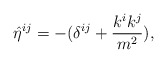
\begin{align*}{\hat\eta}^{ij} = - (\delta^{ij} + {k^i k^j\over m^2}),\end{align*}